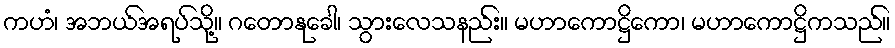
ကဟံ၊ အဘယ်အရပ်သို့။ ဂတောနုခေါ၊ သွားလေသနည်း။ မဟာကောဋ္ဌိကော၊ မဟာကောဋ္ဌိကသည်။